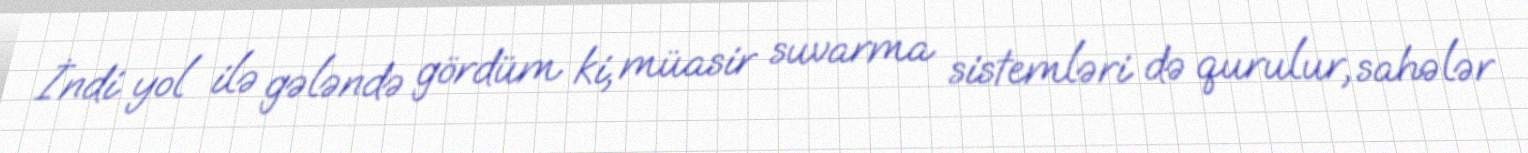
İndi yol ilə gələndə gördüm ki, müasir suvarma sistemləri də qurulur, sahələr